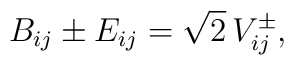
B_{ij} \pm E_{ij} = \sqrt{2} \, V^{\pm}_{ij} ,